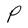
Character: P